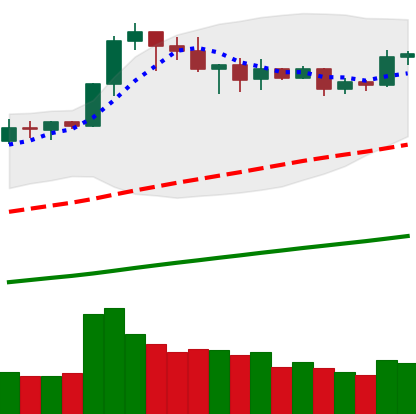
Ticker: BNB-USD
Chart end date: 2019-05-03
Forward return: -12.619%
Label: down_7plus